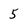
Character: 5